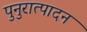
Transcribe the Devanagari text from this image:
पुनुरात्पादन